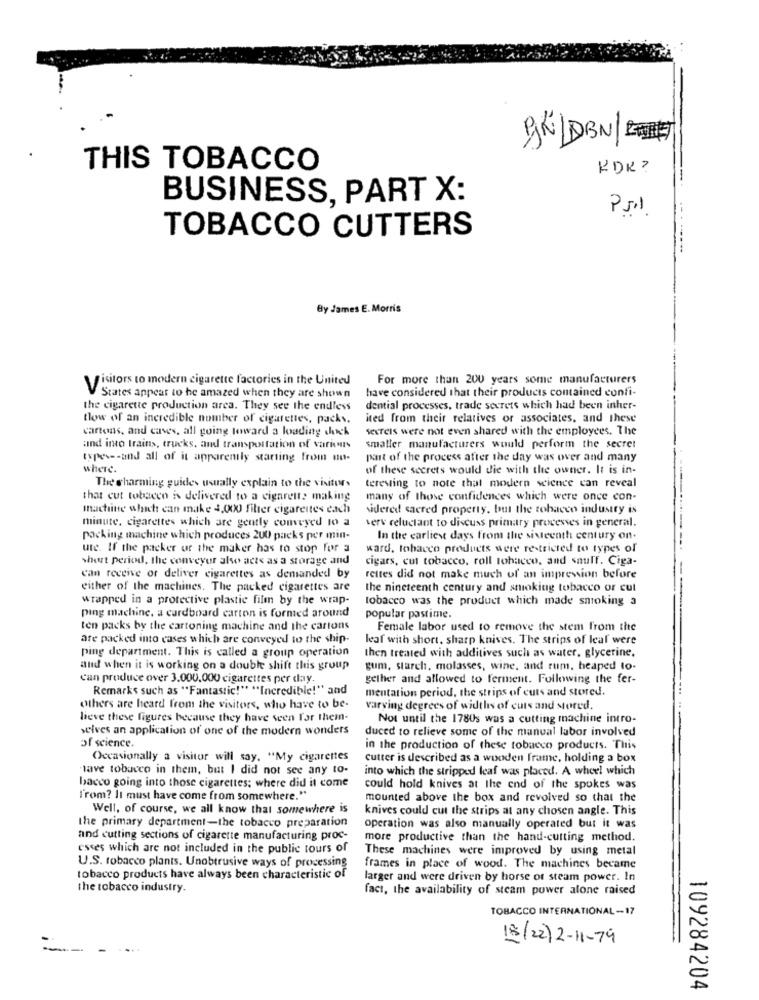
9KLDBN/ C
THIS TOBACCO
KDK ?
BUSINESS, PART X:
---
TOBACCO CUTTERS
By James E. Morris
For more than 200 years some manufacturers
Visitors to modern cigarette factories in the United
have considered that their products contained confi-
States appear to be amazed when they are shown
the cigarette production area. They see the endless
dential processes, trade secrets which had been inher-
tlow of an incredible number of cigarettes, packs.
ited from their relatives or associates, and these
cartons, and caves, all going toward a loading dock
sexreis were not even shared with the employees. The
and into trains, trucks, and transportation of various
smatter manufacturers would perform the secret
types -- and all of it apparently starting from no-
part of the process after the day was over and many
where.
of these secrets would die with the owner. It is in-
The charming guides usually explain to the visitors
teresing to note that modern science can reveal
that cut tobacco is delivered to a cigarette making
many of those confidences which were once con-
machine which can make 4,000 filter cigarettes each
sidered sacred property, but the tobacco industry is
minute, cigarettes which are gently comvyed to a
verv reluctant to discuss primary processes in general.
packing machine which produces 200 packs per min-
In the earliest days from the sixteenth century on.
ute. If the packer ur the maker has to stop for a
ward, tobacco products were restricted to types of
short period, the conveyor also acts as a storage and
cigars, cut tobacco, roll tobacco, and snuff. Ciga-
can receive of deliver cigarettes as demanded by
rettes did not make much of an impression before
either of the machines. The packed cigarettes are
the nineteenth century and smoking tobacco or cut
wrapped in a protective plastic film by the wrap-
tobacco was the product which made smoking a
ping machine, a cardboard carton is formed around
popular pastime.
ten packs by the cartoning machine and the cartons
Female labor used to remove the stem from the
ate packed into cases which are conveyed to the ship-
leaf with short, sharp knives. The strips of leaf were
ping department. This is called a group operation
then treated with additives such as water, glycerine.
and when it is working on a double shift this group
gum, starch, molasses, wine, and rum, heaped to-
Can produce over 3.000.000 cigarettes per day.
gether and allowed to ferment. Following the fer-
Remarks such as "Fantastic!" "Incredible!" and
mentation period, the strips of cuts and stored.
others are heard from the visitors, who have to be-
varying degrees of widthis of cuts and stored.
lieve these figures because they have seen for them-
Not until the 1780s was a cutting machine intro-
selves an application of one of the modern wonders
duced to relieve some of the manual labor involved
of science.
in the production of these tobacco products. This
Occasionally a visitor will say. "My cigarettes
cutter is described as a wooden frame, holding a box
lave tobacco in them, but I did not see any to-
into which the stripped leaf was placed. A wheel which
bacco going into those cigarettes; where did it come
could hold knives at the end of the spokes was
T'rom? It must have come from somewhere."
mounted above the box and revolved so that the
Well, of course, we all know that somewhere is
knives could cut the strips at any chosen angle. This
the primary department-the tobacco preparation
operation was also manually operated but it was
and cutting sections of cigarette manufacturing proc-
more productive than the hand-cutting method.
esses which are not included in the public tours of
These machines were improved by using metal
U.S. tobacco plants. Unobtrusive ways of processing
frames in place of wood. The machines became
tobacco products have always been characteristic of
larger and were driven by horse of steam power. In
the tobacco industry.
fact, the availability of steam power alone raised
TOBACCO INTERNATIONAL-17
18/2)2-11-79
-
109284204